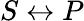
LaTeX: S\leftrightarrow P